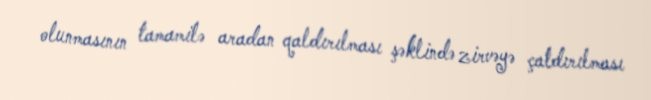
olunmasının tamamilə aradan qaldırılması şəklində zirvəyə çatdırılması